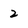
Character: 2